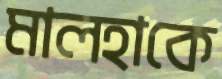
মালহাকে